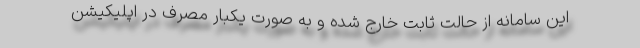
این سامانه از حالت ثابت خارج شده و به صورت یکبار مصرف در اپلیکیشن